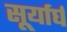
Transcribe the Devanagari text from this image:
सूर्यार्घ